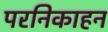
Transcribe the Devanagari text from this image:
परनिकाहन